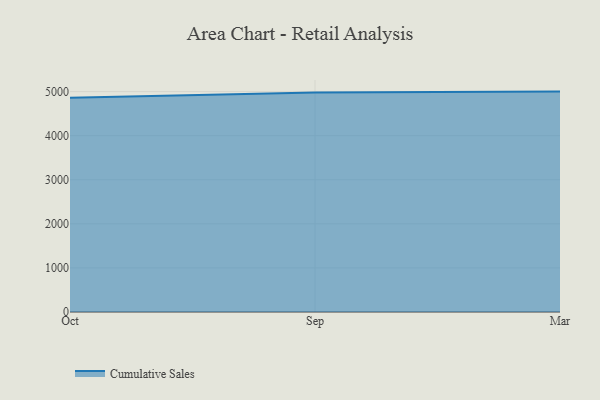
{"axis": {"x": "Month", "y": "Active Users"}, "legend": ["Cumulative Sales"], "data": [{"x": "Oct", "y": 4861.2, "type": "Cumulative Sales"}, {"x": "Sep", "y": 4978.3, "type": "Cumulative Sales"}, {"x": "Mar", "y": 5000, "type": "Cumulative Sales"}]}